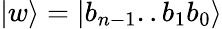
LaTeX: |w\rangle=|b_{n-1}..b_{1}b_{0}\rangle